Vaccine operations Central Provinces 1900-1911 - 1900-1911
Year: 1900
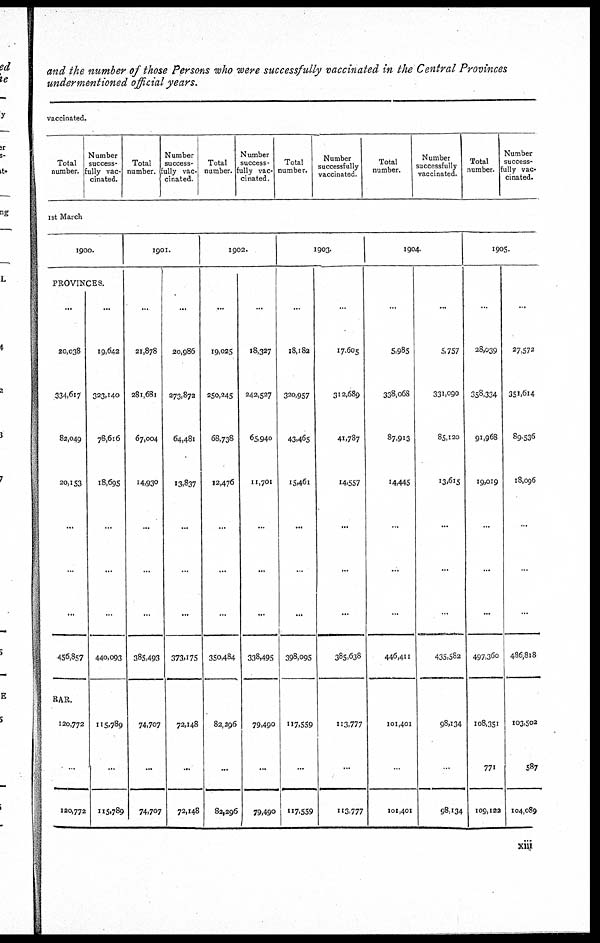
and the number of those Persons who were successfully vaccinated in the Central Provinces
undermentioned official years.
vaccinated.
Total
number.
Number
success¬
fully vac-
cinated.
Total
number.
Number
success¬
fully vac-
cinated.
Total
number.
Number
success¬
fully vac-
cinated.
Total
number.
Number
successfully
vaccinated.
Total
number.
Number
successfully
vaccinated.
Total
number.
Number
success¬
fully vac¬
cinated.
1st March
1900.
PROVINCES.
...
20,038
334,617
82,049
20,153
...
...
...
456,857
...
19,642
323,140
78,616
18,695
...
...
...
440,093
RAR.
120,772
...
120,772
115,789
...
115,789
1901.
...
21,878
281,681
67,004
14,930
...
...
...
385,493
74,707
...
74,707
...
20,986
273,872
64,481
13,837
...
...
...
373,175
72,148
...
72,148
1902.
...
19,025
250,245
68,738
12,476
...
...
...
350,484
82,296
...
82,296
...
18,327
242,527
65,940
11,701
...
...
...
338,495
79,490
...
79,490
1903.
...
18,182
320,957
43,465
15,461
...
...
...
398,095
117,559
...
117,559
...
17,605
312,689
41,787
14,557
...
...
...
385,638
113,777
...
113,777
1904.
...
5,985
338,068
87,913
14,445
...
...
...
446,411
101,401
...
101,401
...
5,757
331,090
85,120
13,615
...
...
...
435,582
98,134
...
98,134
1905.
...
28,039
358,334
91,968
19,019
...
...
...
497,360
108,351
771
109,122
...
27,572
351,614
89,536
18,096
...
...
...
486,818
103,502
587
104,089
xiii